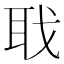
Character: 聀